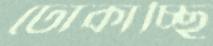
ঢোকাচ্ছি